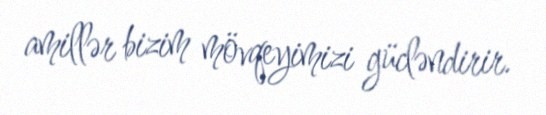
amillər bizim mövqeyimizi gücləndirir.